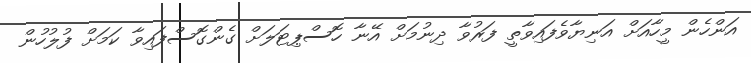
އަންހެން މީހާއަށް އަނިޔާވެފައިވާތީ ފަރުވާ ދިނުމަށް އޭނާ ހޮސްޕިޓަލަށް ގެންގޮސްފައިވާ ކަމަށް ފުލުހުން